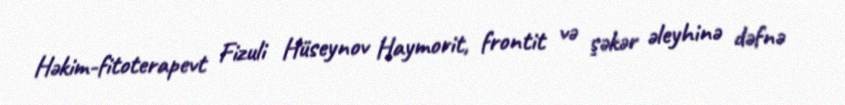
Həkim-fitoterapevt Fizuli Hüseynov Haymorit, frontit və şəkər əleyhinə dəfnə